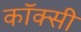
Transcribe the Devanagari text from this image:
कॉक्सी